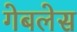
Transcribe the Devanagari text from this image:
गेबलेस